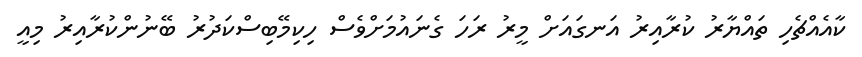
ކާއެއްޗެހި ތައްޔާރު ކުރާއިރު އަނގައަށް މީރު ރަހަ ގެނައުމަށްވެސް ހިކިމޭބިސްކަދުރު ބޭނުންކުރާއިރު މިއީ